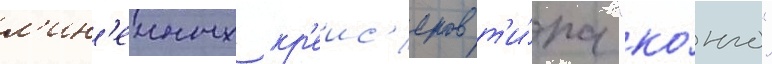
л'ин'еиных кр'еис'еров т'и́па "ко́нго"